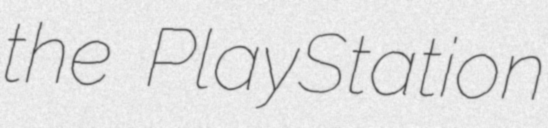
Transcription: the PlayStation